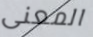
المعنى